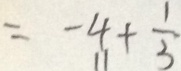
= - 4 + \frac { 1 } { 3 }